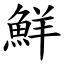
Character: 鮮